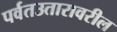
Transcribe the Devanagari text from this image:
पर्वतउतारावरील